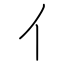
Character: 亻